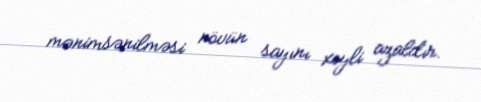
mənimsənilməsi növün sayını xeyli azaldır.